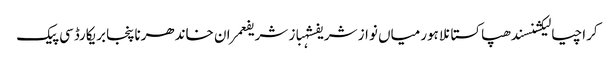
کراچیالیکشنسندھپاکستانلاہورمیاں نواز شریفشہباز شریفعمران خاندھرناپنجابریکارڈسی پیک